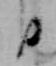
日